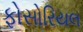
ફોસોરિયલ